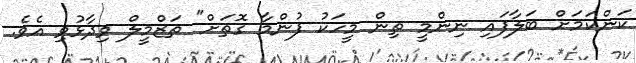
ކަންކަމަށް ބަލާފައި ނިންމީ ތިން މީހަކު ފުންމާ ގޮތަށް" ތަޒްމީލް ވިދާޅުވި އެވެ.